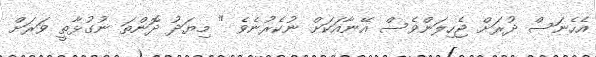
އެހެނަސް ދުރަށް ޖެހިލަންވެސް އޭނާއަކަށް ނުކެރުނެވެ " މިޔަދު ދޮންތަ ނުގުޅާތީ ވަރަށް